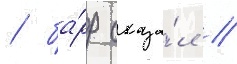
/ ба́рр сказа́л /